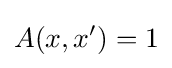
A(x,x')=1